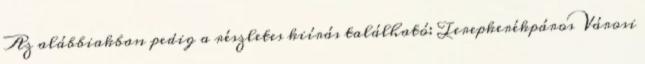
Az alábbiakban pedig a részletes kiírás található: Terepkerékpáros Városi